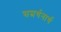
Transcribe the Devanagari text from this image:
सम्रर्थनार्थ